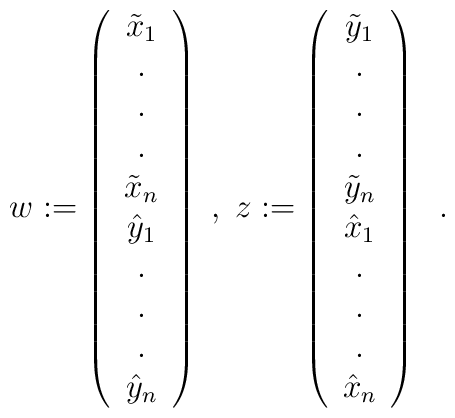
w := \left( \begin{array}{c}\tilde{x}_1 \\ . \\ . \\ . \\\tilde{x}_{n} \\\hat{y}_1 \\ . \\ . \\ . \\\hat{y}_{n}\end{array} \right) \; , \;z := \left( \begin{array}{c}\tilde{y}_1 \\ . \\ . \\ . \\\tilde{y}_{n} \\\hat{x}_1 \\ . \\ . \\ . \\\hat{x}_{n}\end{array} \right) \; \; .